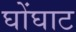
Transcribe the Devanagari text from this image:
घोंघाट